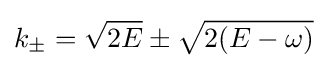
k_{\pm }={\sqrt {2E}}\pm {\sqrt {2(E-\omega )}}